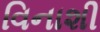
વિનાશી